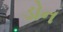
ડોન